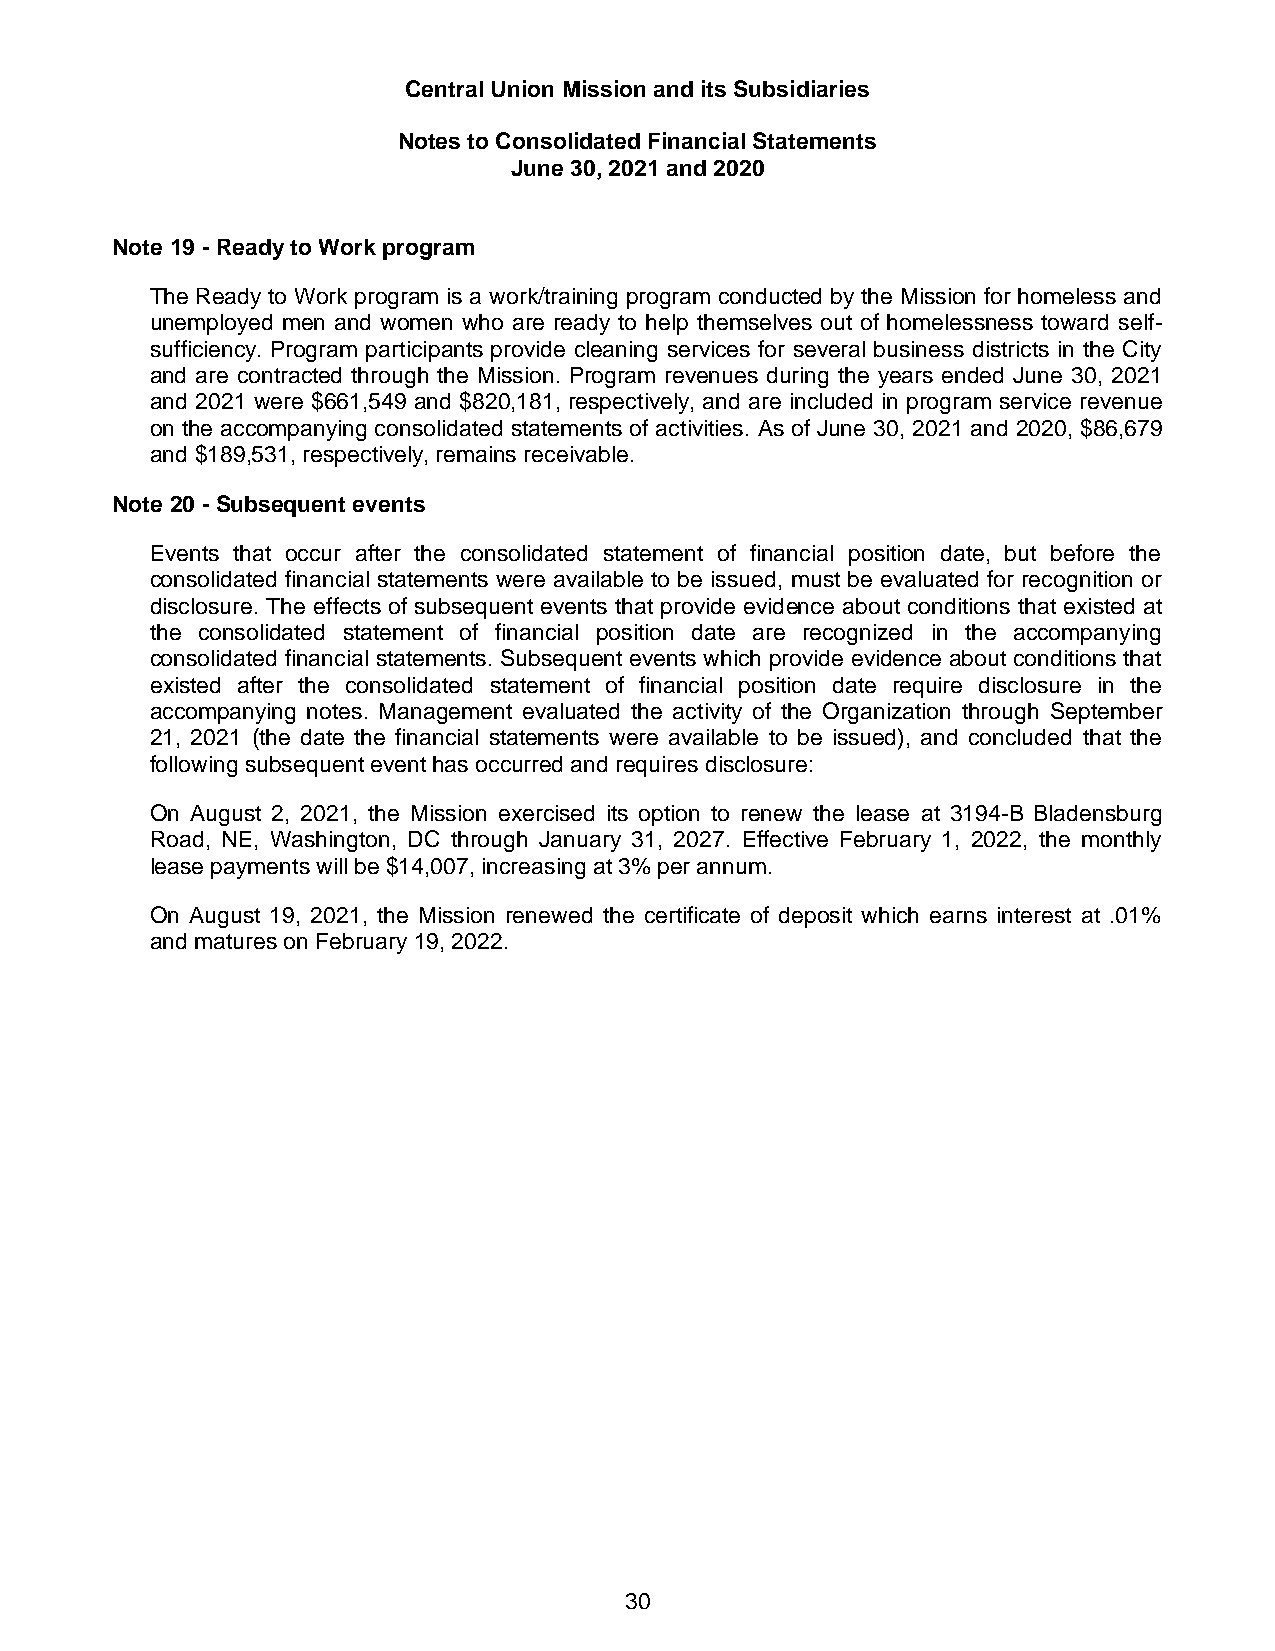
Central Union Mission and its Subsidiaries
 Notes to Consolidated Financial Statements
 June 30, 2021 and 2020
 Note 19 - Ready to Work program
 The Ready to Work program is a work/training program conducted by the Mission for homeless and
 unemployed men and women who are ready to help themselves out of homelessness toward self-
 sufficiency. Program participants provide cleaning services for several business districts in the City
 and are contracted through the Mission. Program revenues during the years ended June 30, 2021
 and 2021 were $661,549 and $820,181, respectively, and are included in program service revenue
 on the accompanying consolidated statements of activities. As of June 30, 2021 and 2020, $86,679
 and $189,531, respectively, remains receivable.
 Note 20 - Subsequent events
 Events that occur after the consolidated statement of financial position date, but before the
 consolidated financial statements were available to be issued, must be evaluated for recognition or
 disclosure. The effects of subsequent events that provide evidence about conditions that existed at
 the consolidated statement of financial position date are recognized in the accompanying
 consolidated financial statements. Subsequent events which provide evidence about conditions that
 existed after the consolidated statement of financial position date require disclosure in the
 accompanying notes. Management evaluated the activity of the Organization through September
 21, 2021 (the date the financial statements were available to be issued), and concluded that the
 following subsequent event has occurred and requires disclosure:
 On August 2, 2021, the Mission exercised its option to renew the lease at 3194-B Bladensburg
 Road, NE, Washington, DC through January 31, 2027. Effective February 1, 2022, the monthly
 lease payments will be $14,007, increasing at 3% per annum.
 On August 19, 2021, the Mission renewed the certificate of deposit which earns interest at .01%
 and matures on February 19, 2022.
 30